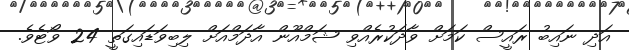
އަދި ނައިބު ރައީސް ކަމަށް ވާދަކުރެއްވި ޝަމްއޫން އާދަމްއަށް ލިބިވަޑައިގަތީ 24 ވޯޓެވެ.